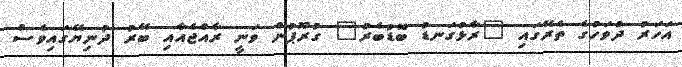
އަހަރު ދުވަހުގެ ތެރޭގައި "ރާޅުގަނޑު ބޮޑުބެރު" ގުރޫޕުން ވަނީ ރާއްޖެއާއި ބޭރު ދުނިޔޭގައިވެސް